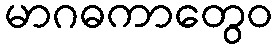
မာဂဓကာတွေဝ